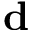
\mathbf { d }